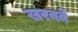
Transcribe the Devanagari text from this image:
खरबवे